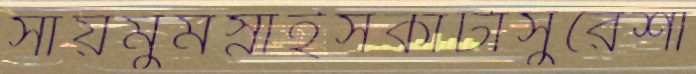
সায়মুমস্নাইসকাটাসুরেশা